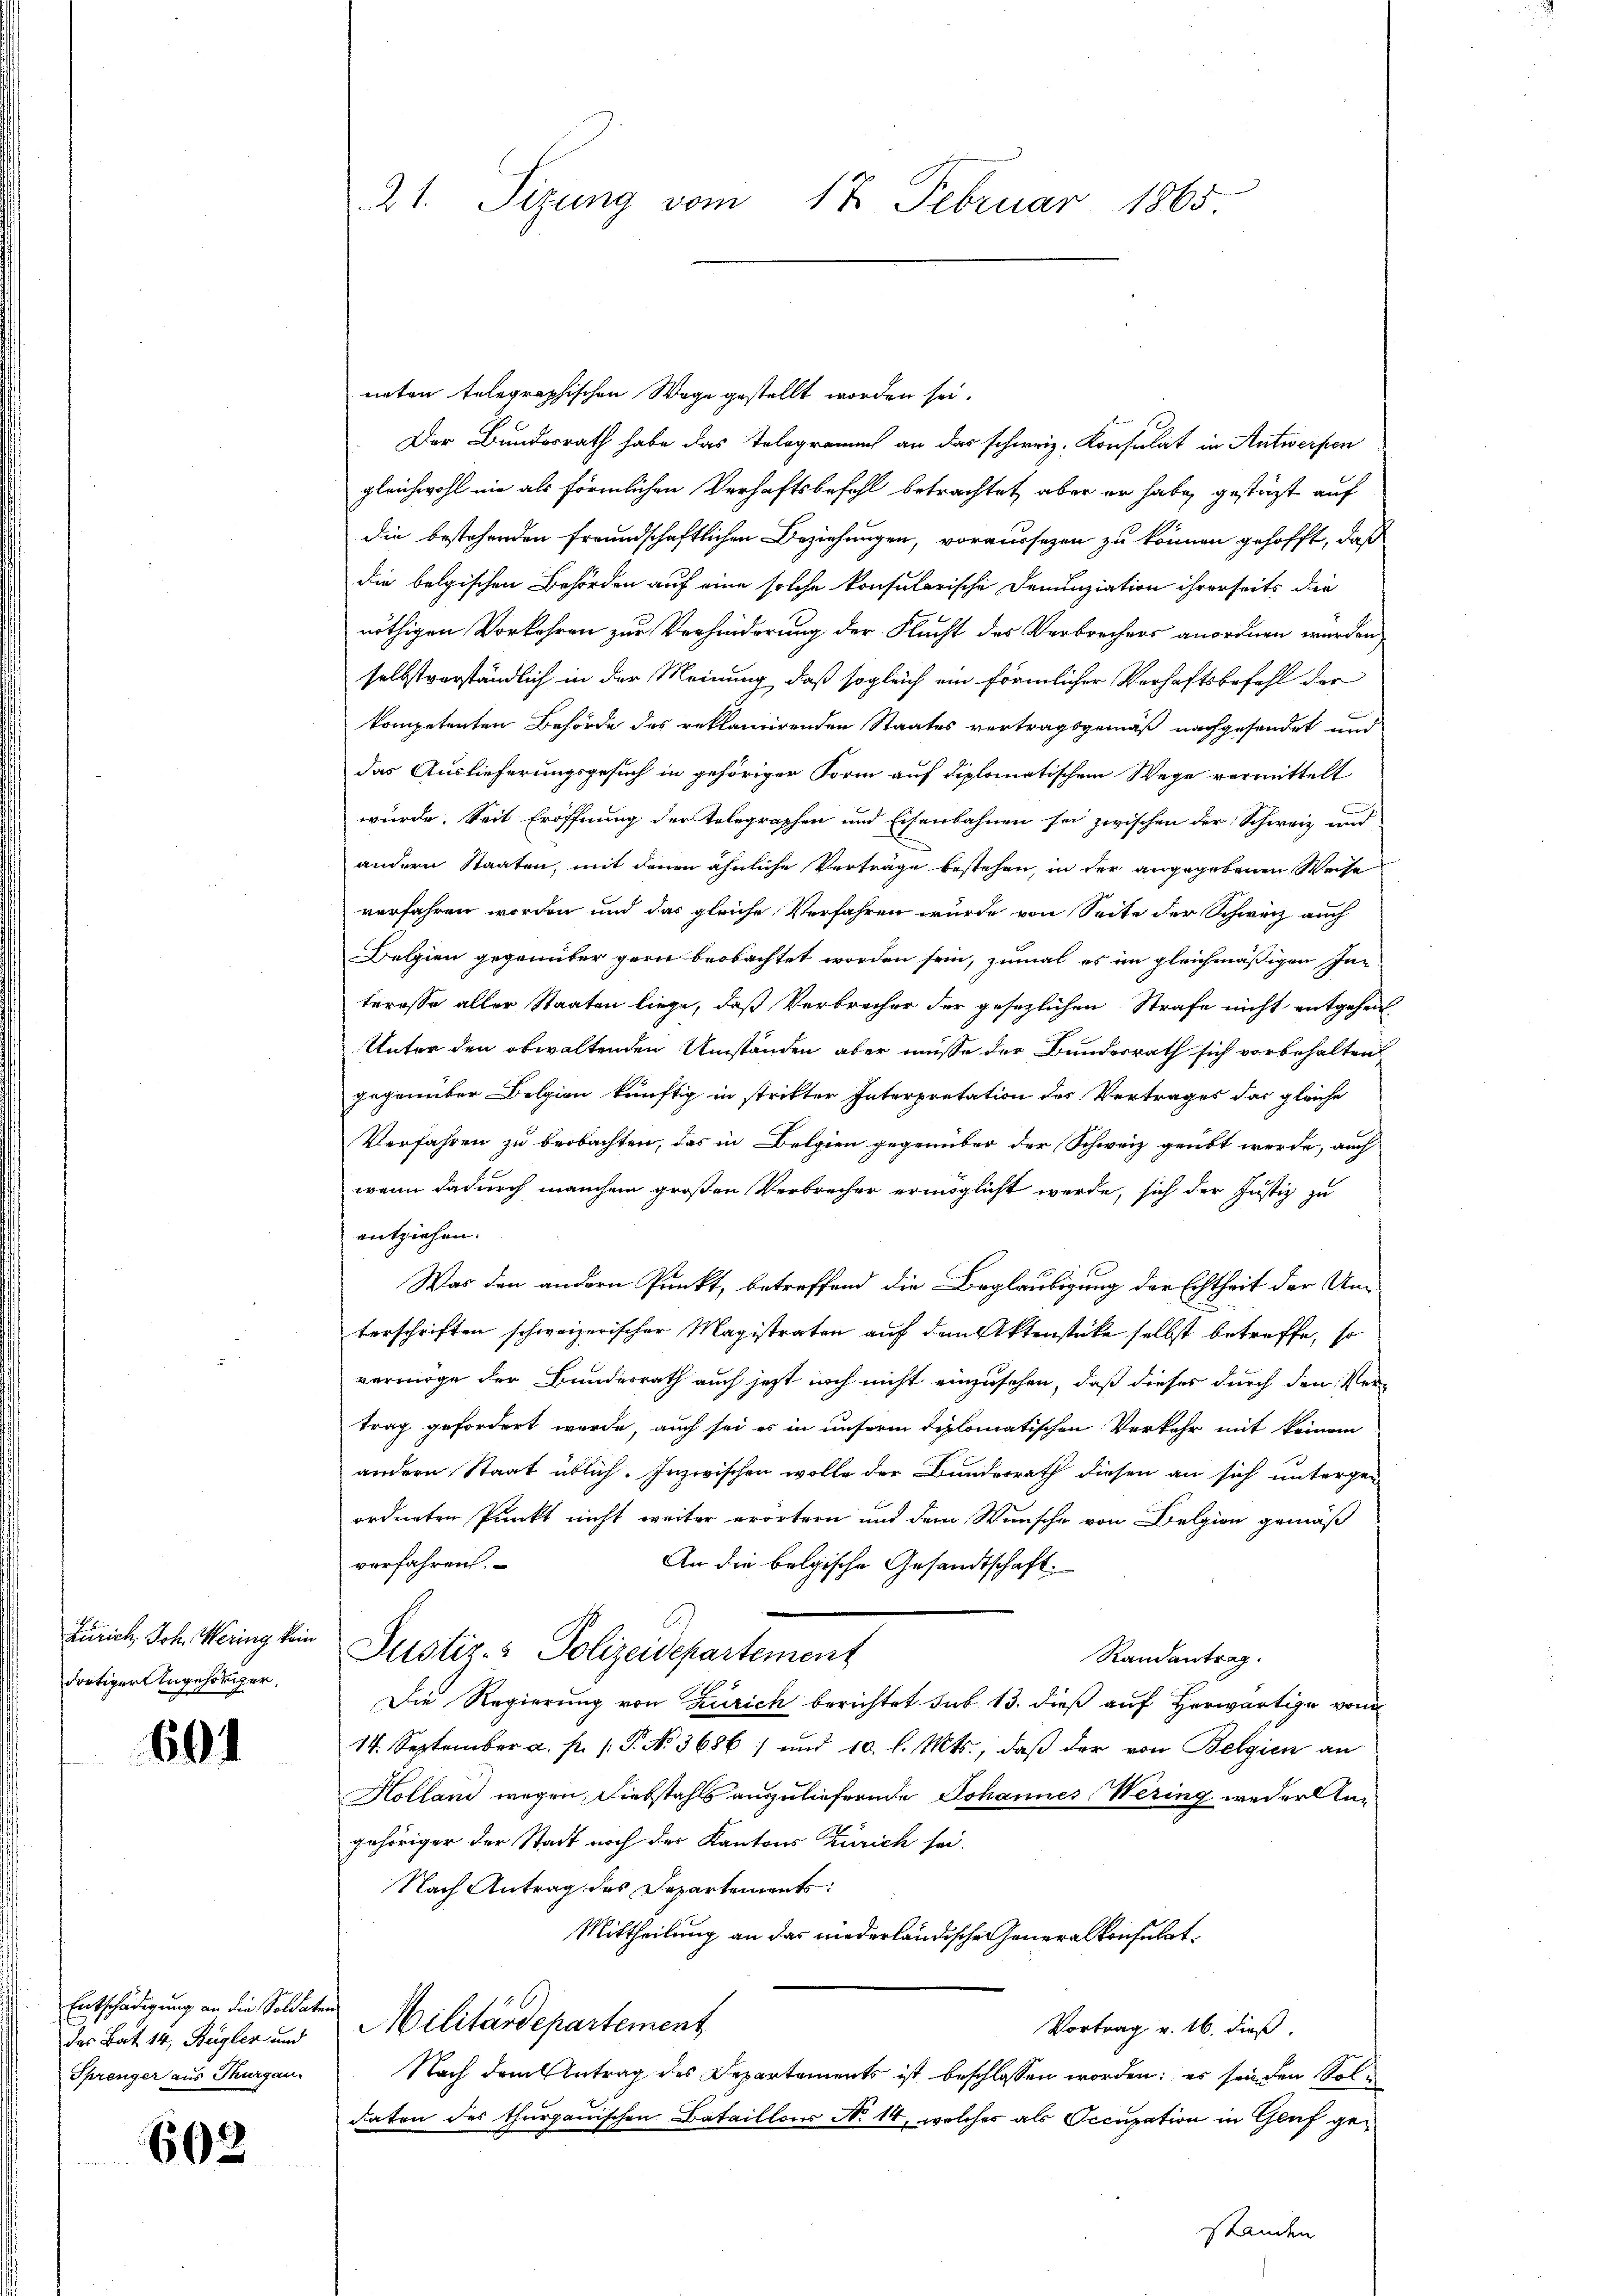
Zürich, Joh. Mering kein
dortiger Angehörger.

601

Entschädigung an die Soldaten
des Bat. 14, Bügler und
Sprenger aus Thurgau.

602

21. Sizung vom 12. Februar 1865.

neten telegraphischen Wage gestellt worden sei.
Der Bundesrath habe das Telegramich an das schweiz. Konsulat in Antwerfen
gleichwohl nie als förmlichen Verhaftsbefehl betrachtet, aber er habe, gestüzt auf
die bestehenden Freundschaftlichen Beziehungen, voraussezen zu können gehofft, daß
die belgischen Behörden auf eine solche konsularische Denunziation ihrerseits die
nöthigen Vorkehren zur Verhinderung der Flacht des Verbrechers anordnen werden,
selbstverständlich in der Meinung, daß sogleich ein förmlicher Verhaftsbefehl der
kompetenten Behörde des reklamirenden Staates vertragsgemäß nachgesendet und
das Auslieferungsgesuch in gehöriger Form auf diplomatischem Wege vermittelt
würde. Seit Eröffnung der Telegraphen und Eisenbahnen sei zwischen der Schweiz und
andern Staaten, mit denen ähnliche Verträge bestehen, in der angegebenen Weise
vorfahren worden und das gleiche Verfahren wurde von Seite der Schweiz auch
Belgien gegenüber gern beobachtet worden sein, zumal es im gleichmäßigen Interesse aller Staaten liege, daß Verbrecher der gesezlichen Strafe nicht entgehen
Unter den obwaltenden Umständen aber müsse der Bundesrath sich vorbehalten
geprunter Belgion künftig in stritter Interpretation des Vertrages das gleiche
Verfahren zu beobachten, das in Belgien gegenüber der Schweiz geübt werde, auch
wenn dadurch manchem großen Verbrecher ermöglicht werde, sich der Justiz zu
entziehen.
Was den andern Punkt, betreffend die Beglaubigung der Echtheit der Unterschriften schweizerischer Magistraten auf den Aktenstücke selbst betreffe, so
vermöge der Bundesrath auch jetzt noch nicht einzusehen, daß dieses durch den Ver-
trag gefordert werde, auch sei es in unserm diplomatischen Verkehr mit keinem
andern Staat üblich. Inzwischen wolle der Bundesrath diesen an sich untergen
ordneten Punkt nicht weiter erörtern und dem Wunsche von Belgion gemäß
verfahren.
An die belgische Gesandtschaft.
Justiz- & Polizeidepartement
Randantrag.
Die Regierung von Zürich berichtet sub 13. dieß auf Herwärtige vom
14. September a. p. /: P. No 3686) und 10. l. Mts., daß der von Belgien an
Holland wegen, Diebstahls auszuliefernde Johannes Wering weder Ungehöriger der Stadt noch der Kantons Zürich sei¬
Nach Antrag des Departements:
Mittheilung an das niederländische Generalkonsulat
Militärdepartement
Vortrag v. 16. dieß.
Nach dem Antrag des Departements ist beschlossen worden; es sein den Soldaten des thurgauischen Bataillons No 14, welches als Occupation in Gluf gestanden